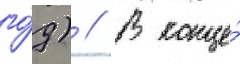
го́д) // В конце́